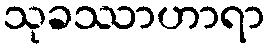
သုခဿာဟာရာ